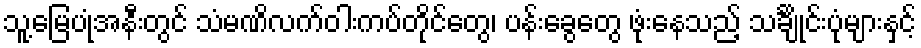
သူ့မြေပုံအနီးတွင် သံမဏိလက်ဝါးကပ်တိုင်တွေ၊ ပန်းခွေတွေ ဖုံးနေသည့် သင်္ချိုင်းပုံများနှင့်